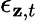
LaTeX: \epsilon_{\mathbf{z},t}